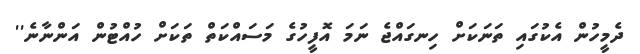
ދެމީހުން އެކުގައި ތަނަކަށް ހިނގައްޖެ ނަމަ އޮފީހުގެ މަސައްކަތް ތަކަށް ހުއްޓުން އަންނާނެ''